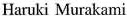
Haruki Murakami